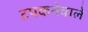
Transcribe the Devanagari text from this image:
टपकनेवाले